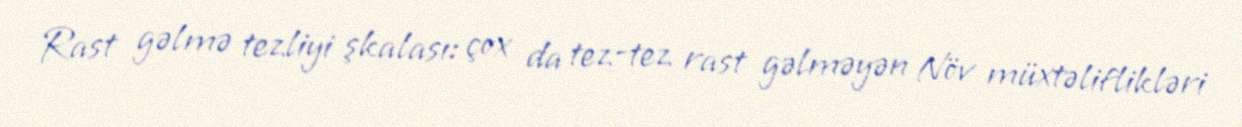
Rast gəlmə tezliyi şkalası: çox da tez-tez rast gəlməyən Növ müxtəliflikləri